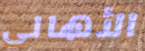
الأهالي